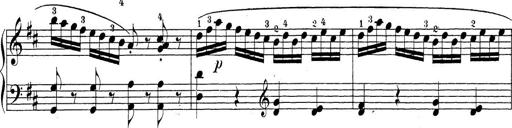
Title: Sonatina Album
Composer: Louis KÃ¶hler